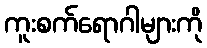
ကူးစက်ရောဂါများကို